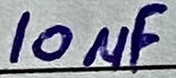
Text: 10µF